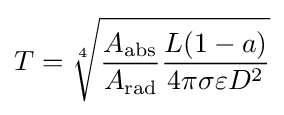
T={\sqrt[{4}]{{\frac {A_{\rm {abs}}}{A_{\rm {rad}}}}{\frac {L(1-a)}{4\pi \sigma \varepsilon D^{2}}}}}